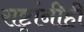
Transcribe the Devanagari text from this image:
राष्ट्रांनीही